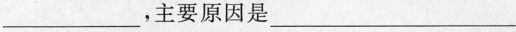
___，主要原因是___